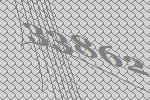
33862